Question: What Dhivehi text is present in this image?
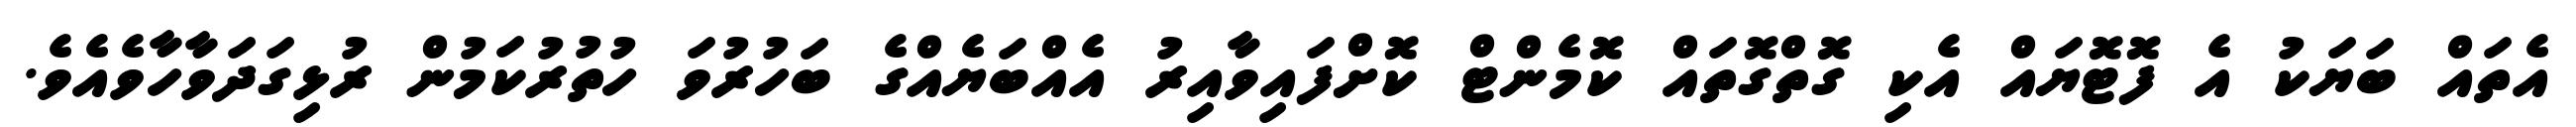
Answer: އެތައް ބަޔަކު އެ ފޮޓޮޔައް އެކި ގޮތްގޮތައް ކޮމެންޓް ކޮށްފައިވާއިރު އެއްބަޔެއްގެ ބަހުރުވަ ހުތުރުކަމުން ރުޅިގަދަވާހާވެއެވެ.